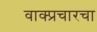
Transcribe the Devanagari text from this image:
वाक्प्रचारचा